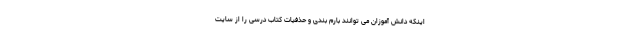
اینکه دانش آموزان می توانند بارم بندی و حذفیات کتاب درسی را از سایت